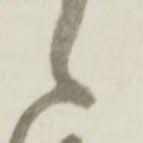
候